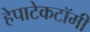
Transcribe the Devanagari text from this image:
हेपाटेकटॉमी